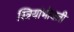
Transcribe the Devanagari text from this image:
स्त्रियांभोवती